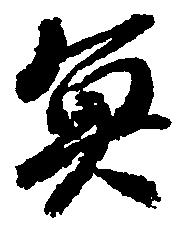
魚